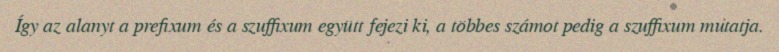
Így az alanyt a prefixum és a szuffixum együtt fejezi ki, a többes számot pedig a szuffixum mutatja.